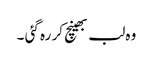
وہ لب بھینچ کر رہ گئی ۔